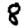
Digit: 8